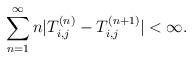
LaTeX: \begin{align*}\sum_{n=1}^\infty n|T_{i,j}^{(n)}-T_{i,j}^{(n+1)}|<\infty.\end{align*}